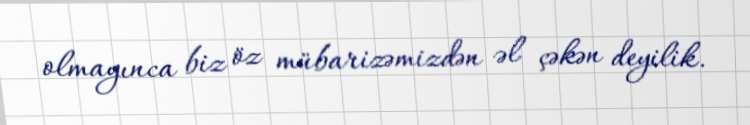
olmayınca biz öz mübarizəmizdən əl çəkən deyilik.